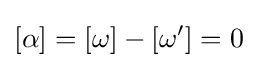
[\alpha ]=[\omega ]-[\omega ']=0